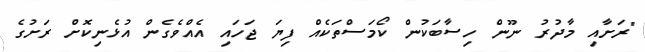
"ރަށާއި މާދުރު ނޫން ހިސާބަކުން ކޯމަސްތަކެއް ފިޔަ ޖަހައި އެއްވެގެން އުޅެނިކޮށް ރަށުގެ